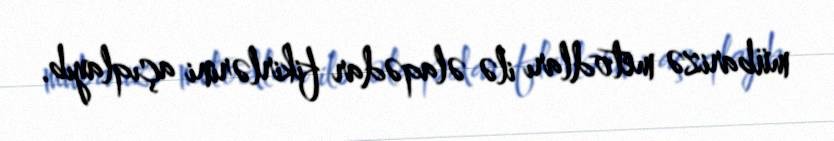
mübarizə metodları ilə əlaqədar fikirlərini açıqlayıb.